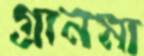
গ্রানমা